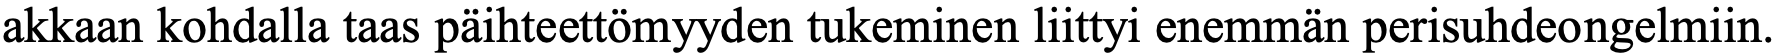
akkaan kohdalla taas päihteettömyyden tukeminen liittyi enemmän perisuhdeongelmiin.